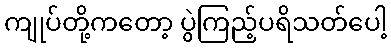
ကျုပ်တို့ကတော့ ပွဲကြည့်ပရိသတ်ပေါ့